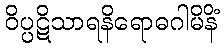
ဝိပ္ပဋိသာရနိရောဓဂါမိနိံ